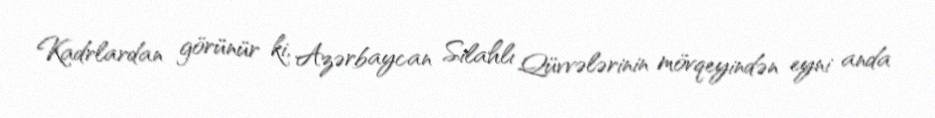
Kadrlardan görünür ki, Azərbaycan Silahlı Qüvvələrinin mövqeyindən eyni anda